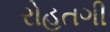
રોહતગી